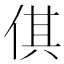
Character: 倛